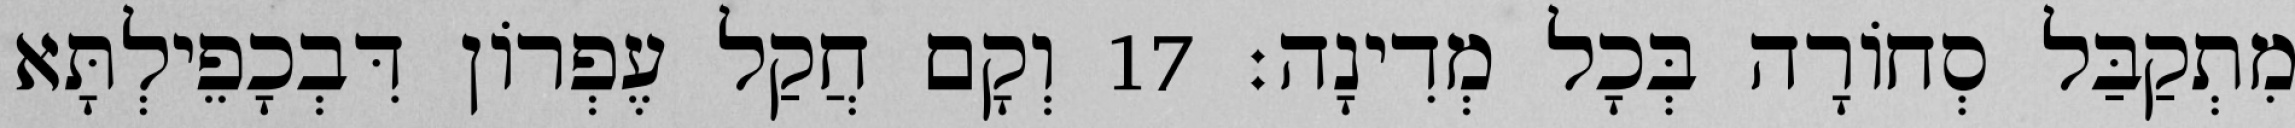
מִתְקַבַּל סְחוֹרָה בְּכָל מְדִינָה׃ 17 וְקָם חֲקַל עֶפְרוֹן דִּבְכָפֵילְתָּא